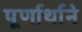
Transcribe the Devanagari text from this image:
पूर्णार्थाने